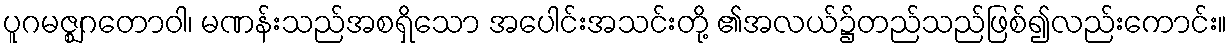
ပူဂမဇ္ဈဂတောဝါ၊ မဏန်းသည်အစရှိသော အပေါင်းအသင်းတို့ ၏အလယ်၌တည်သည်ဖြစ်၍လည်းကောင်း။